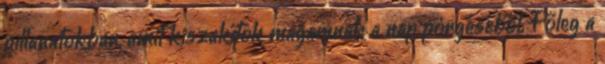
pillanatokban, amit kiszakítok magamnak a nap pörgéséből. Főleg a